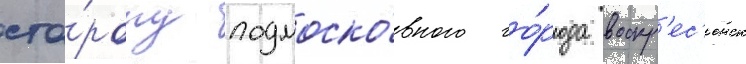
сто́рону подмоско́вного го́рода воскр'ес'енск